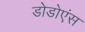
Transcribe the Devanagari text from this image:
डोडोएंस